65_HS1-834228961_62-HQ-83894_Section_10
Agency: FBI
Page 105
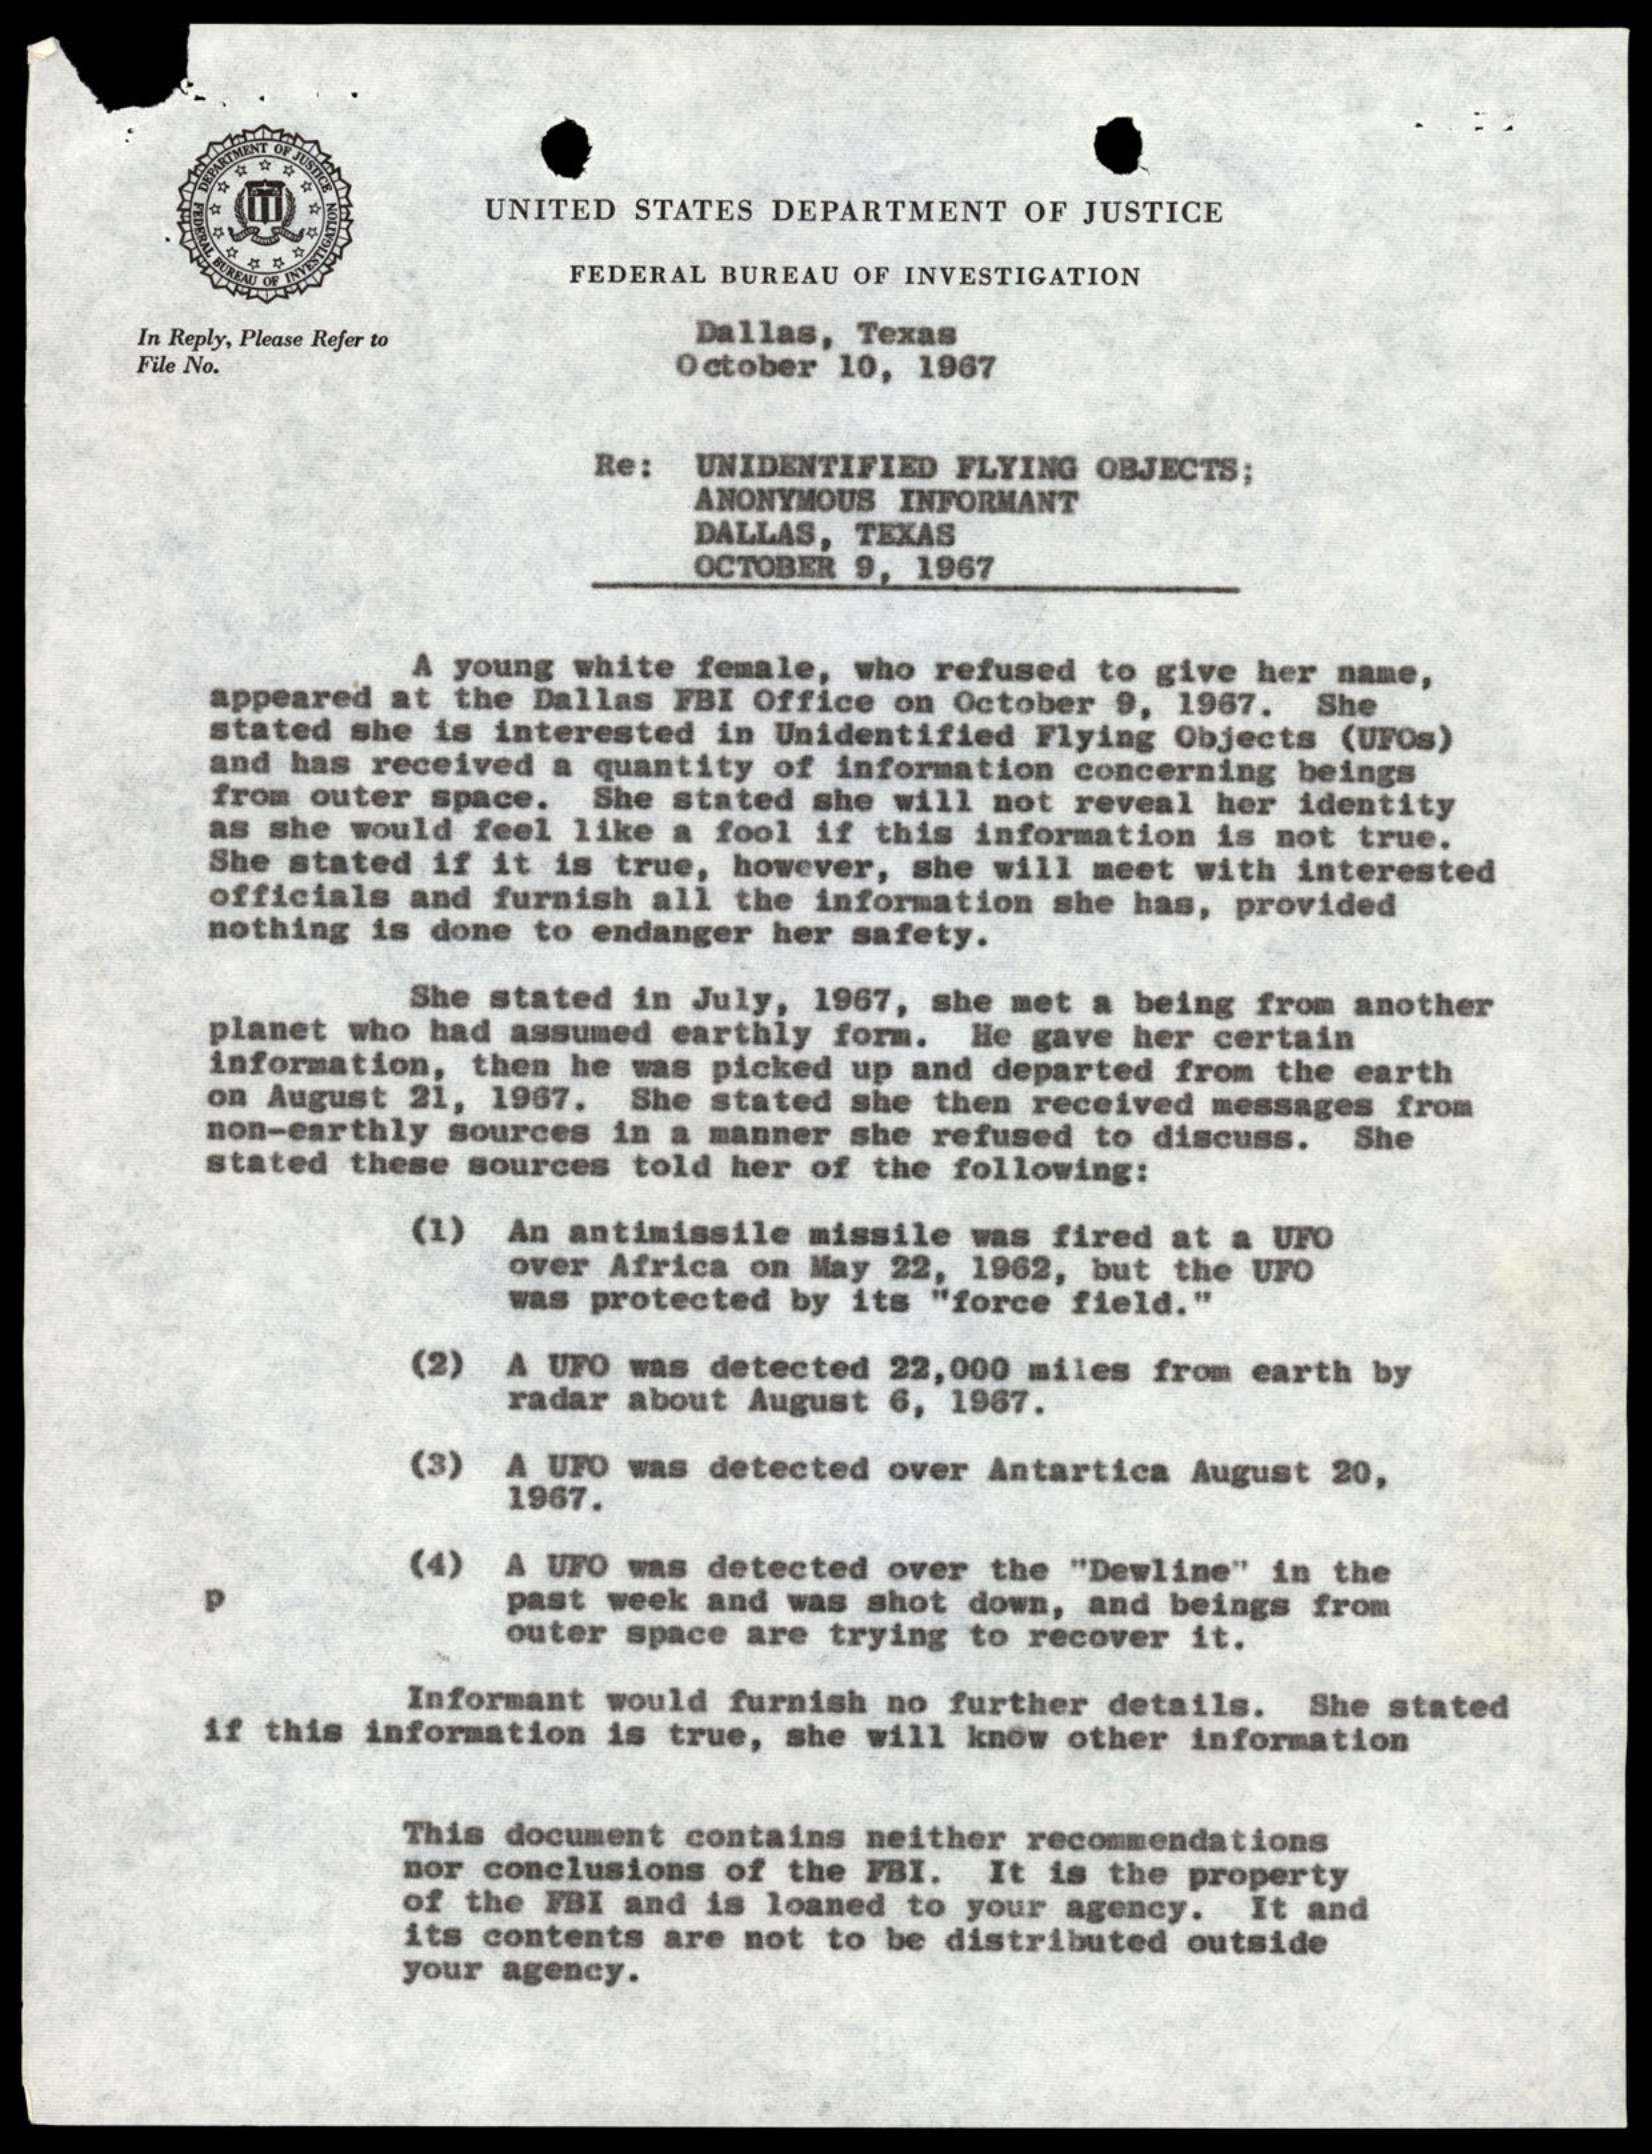